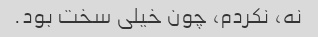
نه، نکردم، چون خیلی سخت بود.